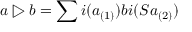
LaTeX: a \triangleright b = \sum i ( a _ { ( 1 ) } ) b i ( S a _ { ( 2 ) } )